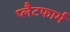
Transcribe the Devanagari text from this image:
प्‍लैटफार्म